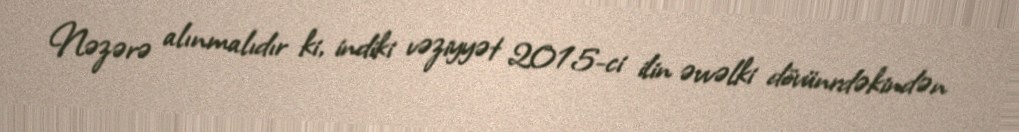
Nəzərə alınmalıdır ki, indiki vəziyyət 2015-ci ilin əvvəlki dövünrdəkindən